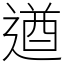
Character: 遒